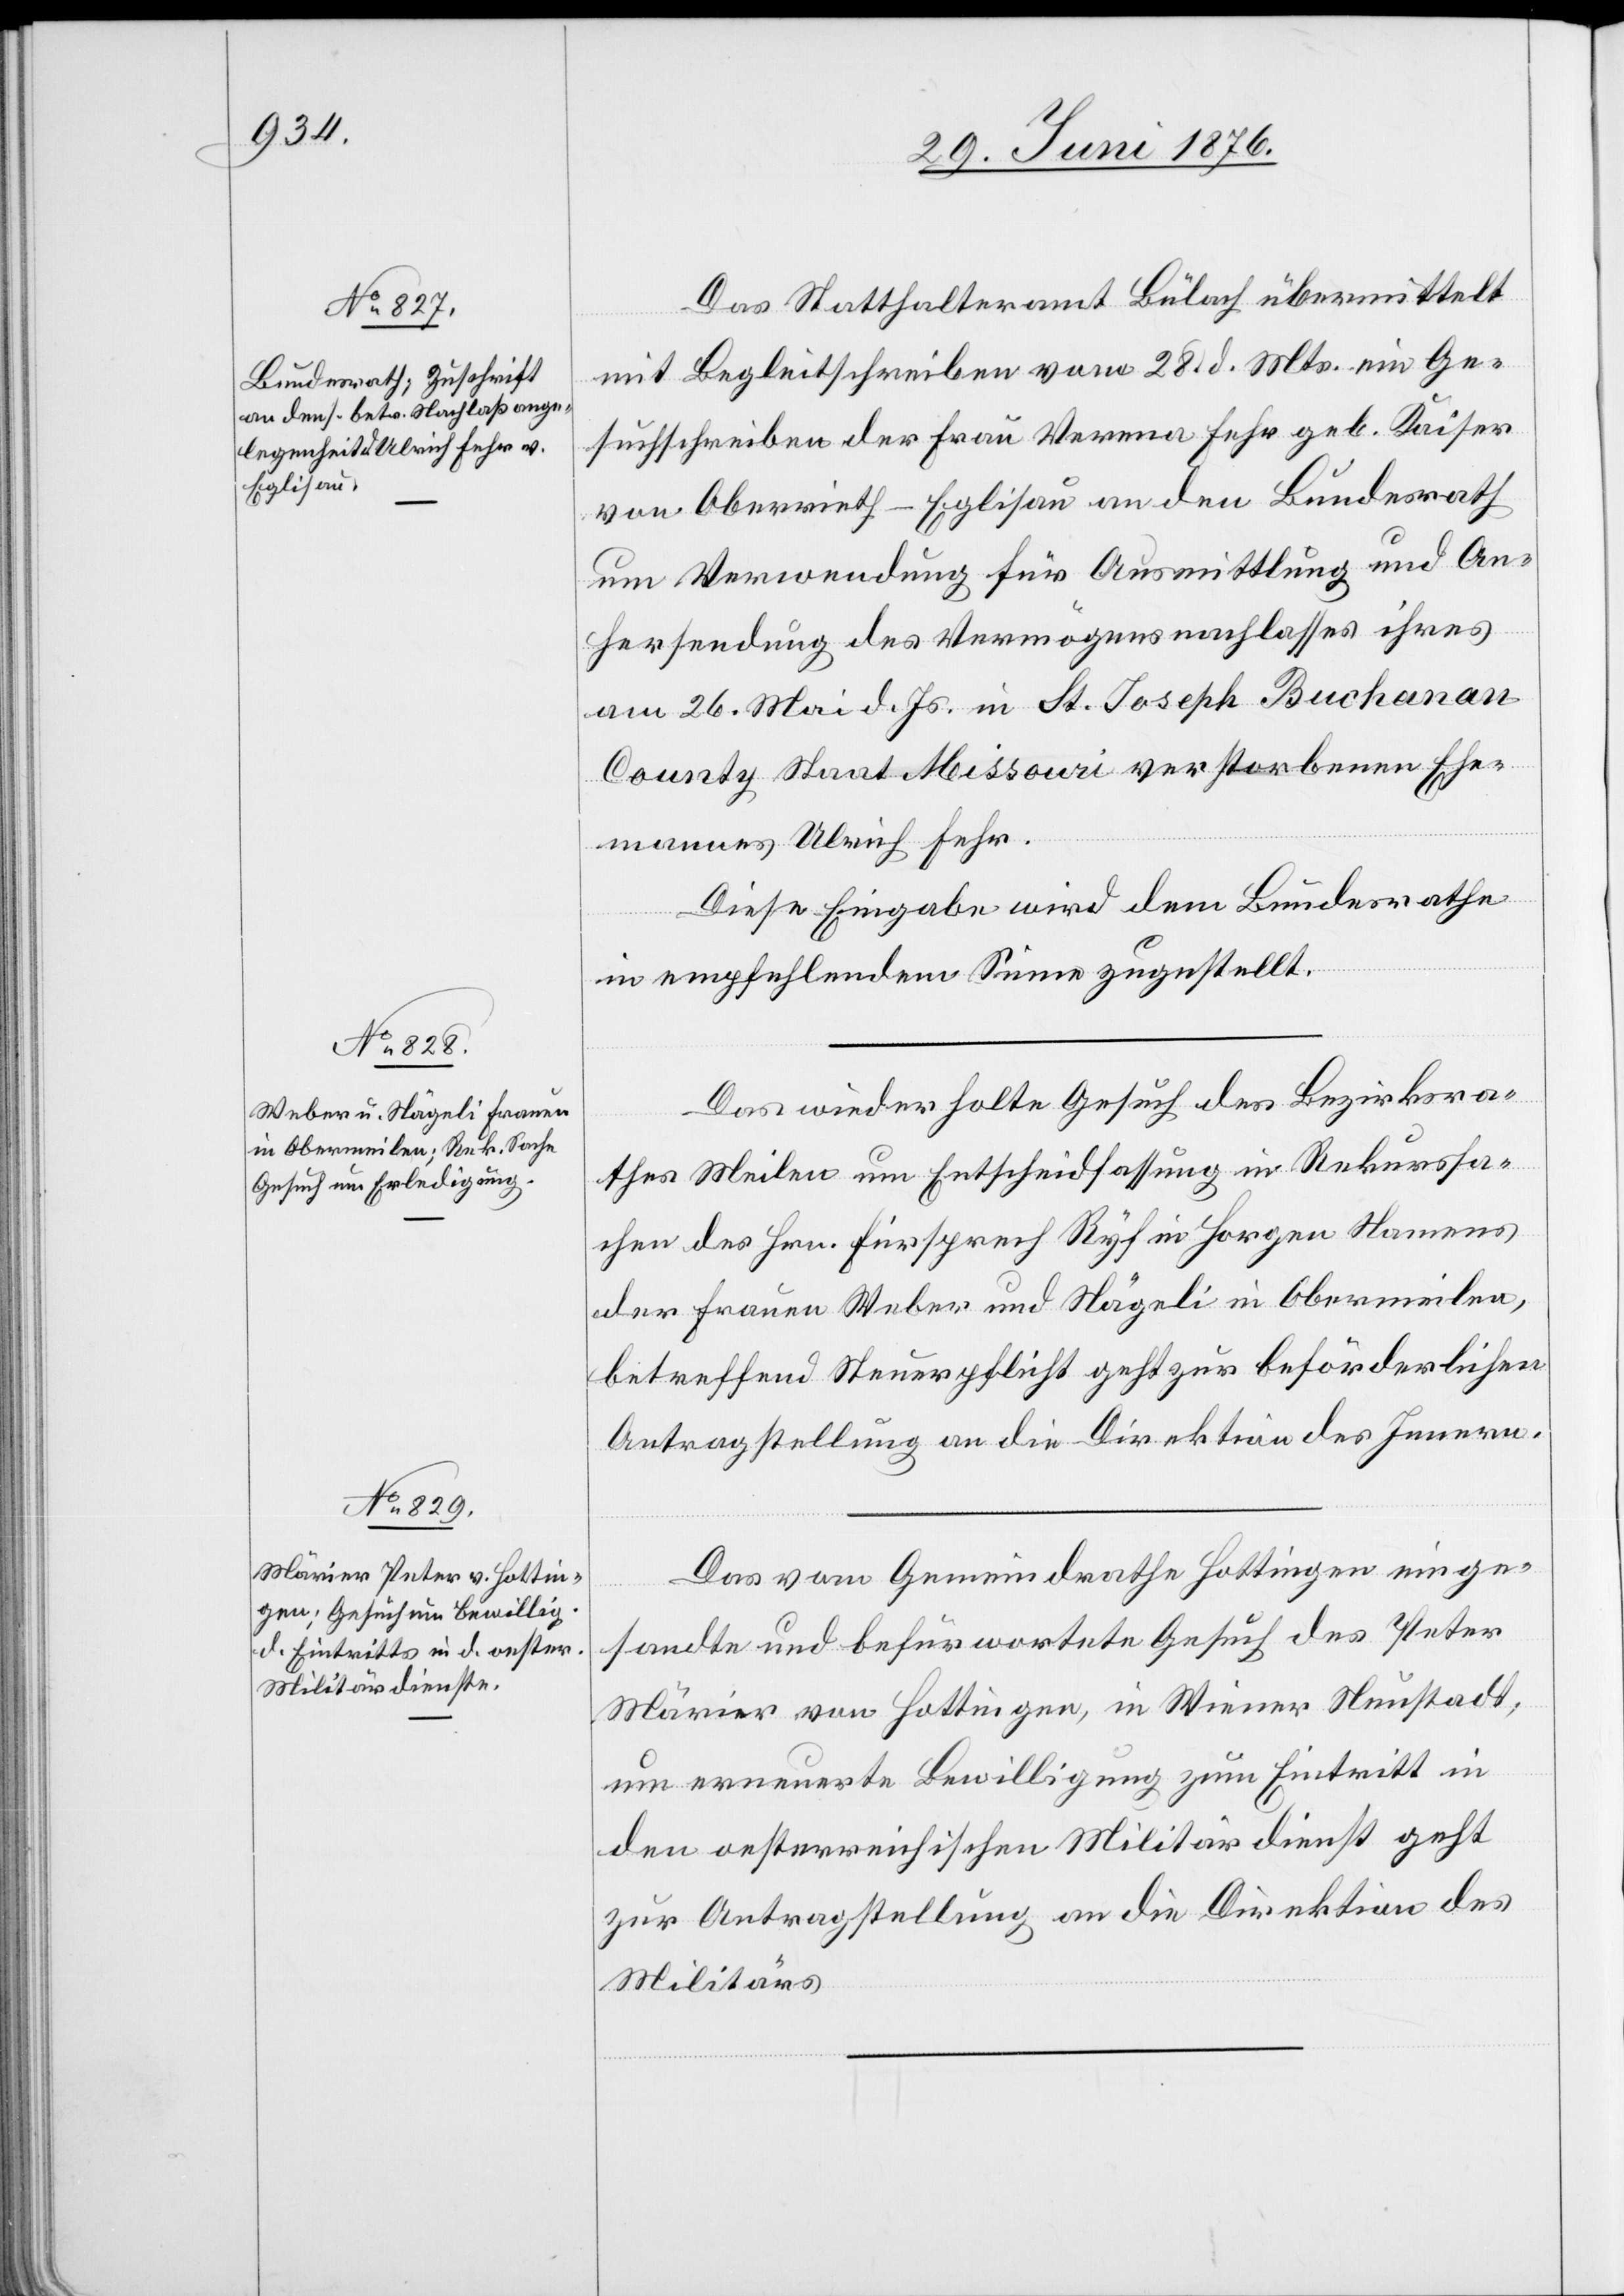
30. Juni 1876.]
Das Statthalteramt Bülach übermittelt
mit Begleitschreiben vom 28. d. Mts. ein Ge¬
suchschreiben der Frau Verena Fehr geb. Kaiser
von Oberrieth - Eglisau an den Bundesrath
um Verwendung für Ausmittlung und An¬
hersendung des Vermögensnachlasses ihres
am 26. Mai d. Js. in St. Joseph Buchanan
County Staat Missouri verstorbenen Ehe¬
mannes Ulrich Fehr.
Diese Eingabe wird dem Bundesrathe
in empfehlendem Sinne zugestellt.
Das wiederholte Gesuch des Bezirksra¬
thes Meilen um Entscheidfassung in Rekurssa¬
chen des Hrn. Fürsprech Ryf in Horgen Namens
der Frauen Weber und Nägeli in Obermeilen,
betreffend Steuerpflicht geht zur beförderlichen
Antragstellung an die Direktion des Innern.
Das vom Gemeindrathe Hottingen einge¬
sandte und befürwortete Gesuch des Peter
Märier von Hottingen, in Wiener Neustadt,
um erneuerte Bewilligung zum Eintritt in
den oesterreichischen Militärdienst geht
zur Antragstellung an die Direktion des
Militärs.